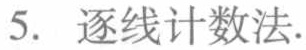
5. 逐线计数法.